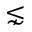
\lnsim